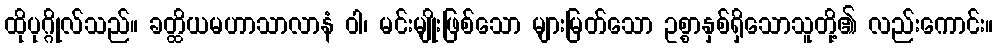
ထိုပုဂ္ဂိုလ်သည်။ ခတ္ထိယမဟာသာလာနံ ဝါ၊ မင်းမျိုးဖြစ်သော များမြတ်သော ဥစ္စာနှစ်ရှိသောသူတို့၏ လည်းကောင်း။